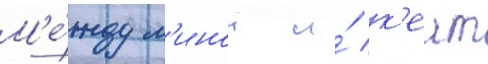
М'е́жду л'инои и́ к'еит